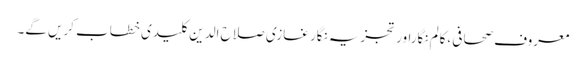
معروف صحافی ،کالم نگاراور تجزیہ نگار غازی صلاح الدین کلیدی خطاب کریں گے۔